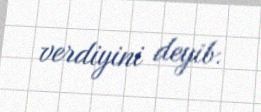
verdiyini deyib.